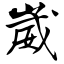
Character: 崴